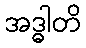
အဒ္ဓါတိ